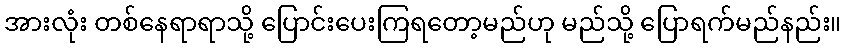
အားလုံး တစ်နေရာရာသို့ ပြောင်းပေးကြရတော့မည်ဟု မည်သို့ ပြောရက်မည်နည်း။